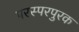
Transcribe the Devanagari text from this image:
परस्परपुरक